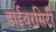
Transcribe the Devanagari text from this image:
डाईवरसिटी